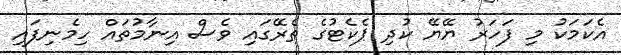
އެކަމަކު މި ފަހަރު ޔޭޔޭ ކުދި ޕެކެޓުގެ ތެރޭގައި ވެސް އިނާމުތައް ހިމެނިފައި